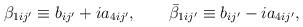
LaTeX: \begin{align*}\beta_{1ij'} \equiv b_{ij'} + i a_{4ij'}, \qquad \bar\beta_{1ij'}\equiv b_{ij'} - i a_{4ij'},\end{align*}